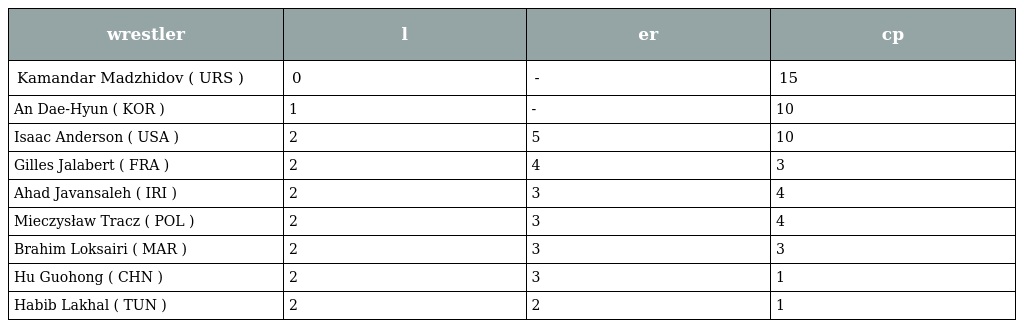
| wrestler | l | er | cp |
 | --- | --- | --- | --- |
 | Kamandar Madzhidov ( URS ) | 0 | - | 15 |
 | An Dae-Hyun ( KOR ) | 1 | - | 10 |
 | Isaac Anderson ( USA ) | 2 | 5 | 10 |
 | Gilles Jalabert ( FRA ) | 2 | 4 | 3 |
 | Ahad Javansaleh ( IRI ) | 2 | 3 | 4 |
 | Mieczysław Tracz ( POL ) | 2 | 3 | 4 |
 | Brahim Loksairi ( MAR ) | 2 | 3 | 3 |
 | Hu Guohong ( CHN ) | 2 | 3 | 1 |
 | Habib Lakhal ( TUN ) | 2 | 2 | 1 |